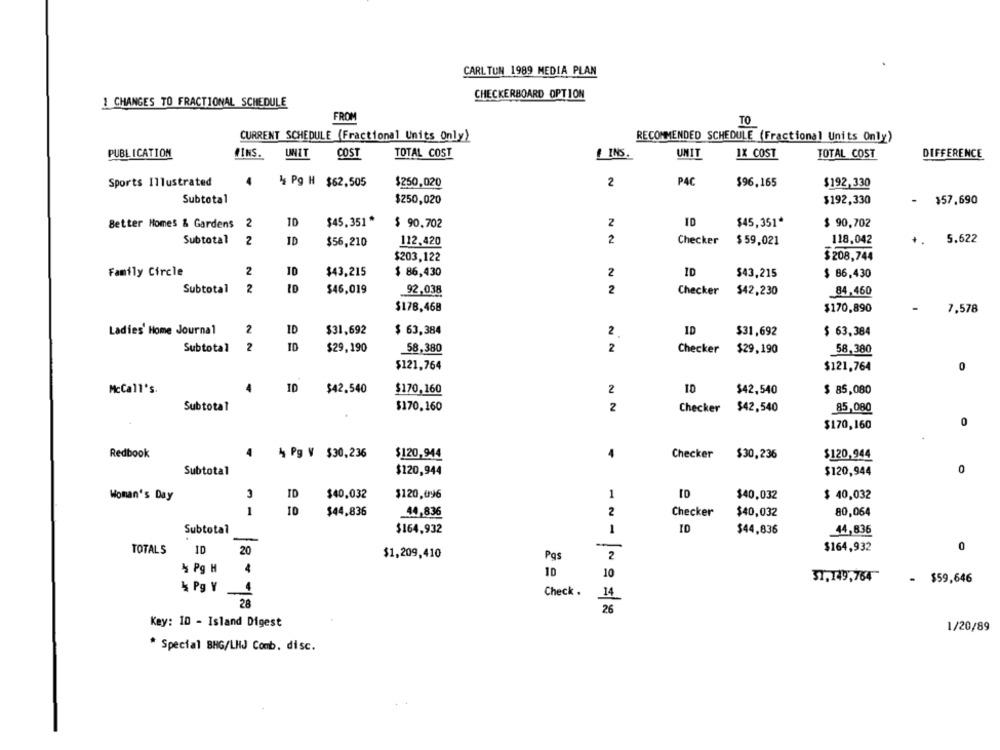
CARL TUN 1989 MEDIA PLAN
CHECKERBOARD OPTION
1 CHANGES TO FRACTIONAL SCHEDULE
FROM
TO
CURRENT SCHEDULE (Fractional Units Only)
RECOMMENDED SCHEDULE (Fractional Units Only)
PUBLICATION
WINS.
UNIT
COST
TOTAL COST
INS.
UNIT
IX COST
TOTAL COST
DIFFERENCE
PAC
Sports Illustrated
4 Pg H $62,505
$250,020
2
$96,165
$192,330
Subtotal
$250,020
$192,330
$57,690
Better Homes & Gardens 2
10
$45,351 *
$ 90.702
2
10
$45,351*
$ 90,702
Subtotal
2
ID
112,420
2
Checker
$59,021
118,042
+.
5.622
$56,210
$208,744
$203,122
2
10
Family Circle
$43,215
$ 86,430
2
ID
$43,215
$ 86,430
Subtotal
2
$46,019
92,038
2
Checker
$42,230
84,460
$178,468
-
$170,890
7,578
Ladies' Home Journal
2
10
$31,692
$ 63,384
ID
$31,692
$ 63,384
2
Subtotal
ID
$29,190
58,380
2
Checker
$29,190
58,380
$121,764
$121,764
0
McCall's.
ID
$42.540
$170,160
2
10
$42,540
$ 85,080
Subtotal
$170.160
2
Checker
$42,540
85,080
$170,160
0
Redbook
4
4 Pg V $30,236
$120,944
4
Checker
$30,236
$120,944
Subtotal
$120,944
$120,944
0
3
ID
$40,032
$120,096
1
$40,032
$ 40,032
Woman's Day
1
10
$44,836
2
44,836
Checker
$40,032
80,064
Subtotal
$164,932
1
ID
$44,836
44,836
-
$164,932
0
TOTAL S
ID
20
$1,209,410
Pos
2
4 Pg H
4
10
10
31,149,764
$59,646
4 Pg Y
Check .
28
26
Key: 10 - Island Digest
1/20/89
* Special BHG/LKJ Comb. disc.